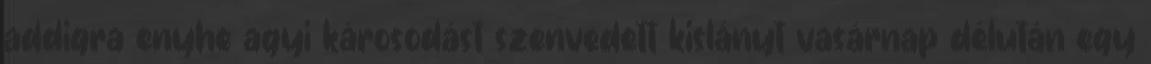
addigra enyhe agyi károsodást szenvedett kislányt vasárnap délután egy